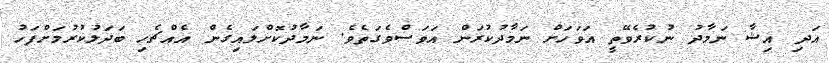
އަދި އިޝާ ނަމާދު ނުކުރެވޭތީ އަވަހަށް ނަމާދުކުރަން އަވަސްވެގަތެވެ. ނަމާދުކޮށްލައިގެން އެއްޗެހި ބަދަލުކުރުމަށްފަހު